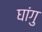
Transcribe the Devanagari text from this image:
घांगु